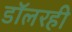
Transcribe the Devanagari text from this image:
डॉलरही